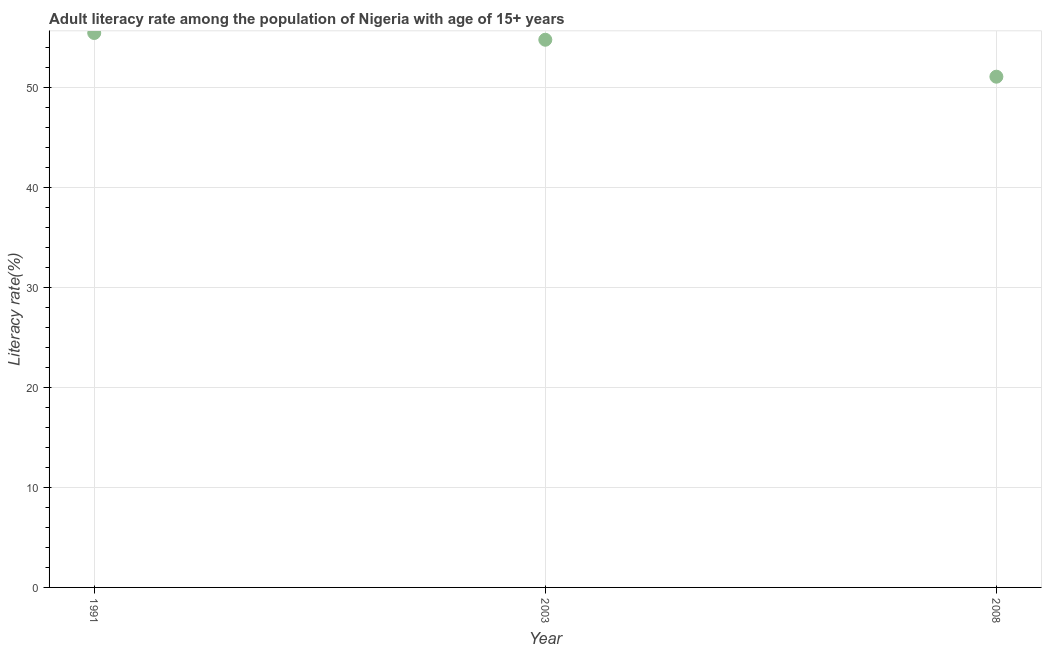
| Year | Adult literacy rate |
 | --- | --- |
 | 1991 | 55.4 |
 | 2003 | 54.8 |
 | 2008 | 51.1 |